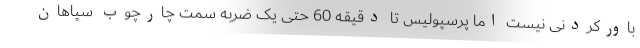
باورکردنی نیست اما پرسپولیس تا دقیقه 60 حتی یک ضربه سمت چارچوب سپاهان